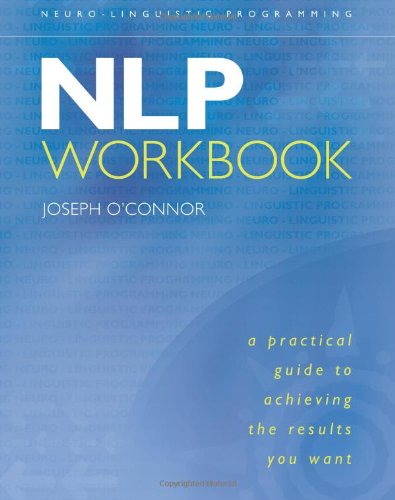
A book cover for NLP Workbook: A Practical Guide to Achieving the Results You Want; Joseph O'Connor; Medical Books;